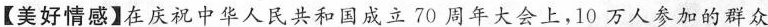
【美好情感】在庆祝中华人民共和国成立70周年大会上，10万人参加的群众